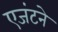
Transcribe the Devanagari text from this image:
एजंटने